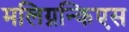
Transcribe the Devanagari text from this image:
मलिग्नन्किएस